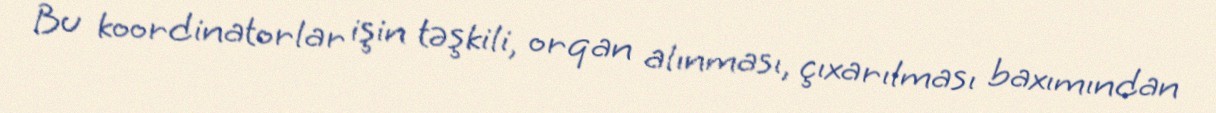
Bu koordinatorlar işin təşkili, orqan alınması, çıxarılması baxımından